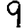
Digit: 9